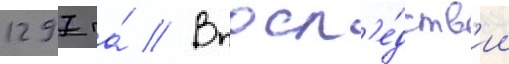
1297 га́ // Впосл'е́дств'ии